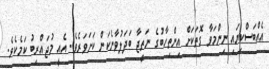
އެއްބަސްކިޔައި ނިންމަވާ ގޮތަކަށް އިންތިހާބުގެ ނަތީޖާ ބަދަލުވާނެކަން ކަށަވަރެވެ. އެއީ މުޖައްރިބު ކަމެކެވެ.